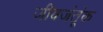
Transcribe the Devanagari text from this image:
जीवजंतूंक